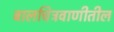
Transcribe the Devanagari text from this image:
बालचित्रवाणीतील